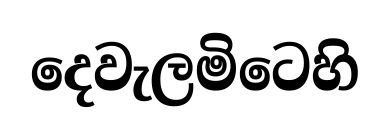
දෙවැලමිටෙහි